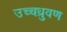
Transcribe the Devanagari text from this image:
उच्चध्रुवण